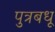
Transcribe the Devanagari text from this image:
पुत्रबधू